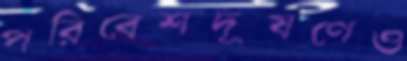
পরিবেশদূষণেও